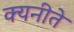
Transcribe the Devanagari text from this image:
क्यनीते